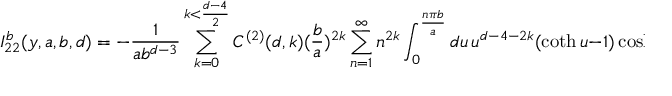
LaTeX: I _ { 2 2 } ^ { b } ( y , a , b , d ) = - \frac { 1 } { a b ^ { d - 3 } } \sum _ { k = 0 } ^ { k < \frac { d - 4 } { 2 } } C ^ { ( 2 ) } ( d , k ) ( \frac { b } { a } ) ^ { 2 k } \sum _ { n = 1 } ^ { \infty } n ^ { 2 k } \int _ { 0 } ^ { \frac { n \pi b } { a } } d u \, u ^ { d - 4 - 2 k } ( \coth u - 1 ) \cosh ( \frac { 2 u y } { b } ) .